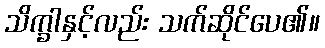
သိက္ခါနှင့်လည်း သက်ဆိုင်ပေ၏။